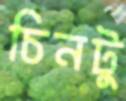
চিনটু